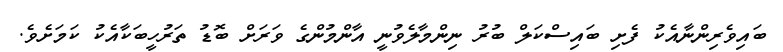
ބައިވެރިންނާއެކު ފެށި ބައިސްކަލް ބުރު ނިންމާލެވުނީ އާންމުންގެ ވަރަށް ބޮޑު ތަރުހީބަކާއެކު ކަމަށެވެ.